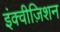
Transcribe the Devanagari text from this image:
इंक्वीज़िशन